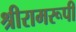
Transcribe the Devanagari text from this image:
श्रीरामरूपी